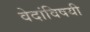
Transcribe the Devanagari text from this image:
वेदांविषयी